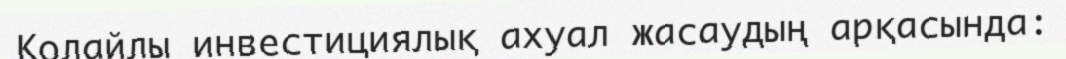
Қолайлы инвестициялық ахуал жасаудың арқасында: